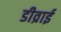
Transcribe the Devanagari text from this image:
डीव्राई